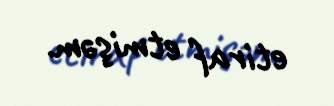
etiraf etmişəm.